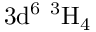
\mathrm { 3 d ^ { 6 } \ ^ { 3 } H _ { 4 } }